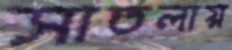
সাতলায়